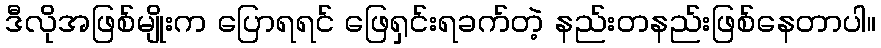
ဒီလိုအဖြစ်မျိုးက ပြောရရင် ဖြေရှင်းရခက်တဲ့ နည်းတနည်းဖြစ်နေတာပါ။